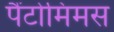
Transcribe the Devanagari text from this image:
पैंटोमिमस